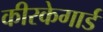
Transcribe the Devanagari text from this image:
कीरकेगार्ड